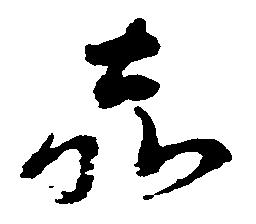
嘉